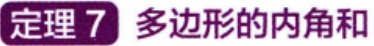
定理 7 多边形的内角和